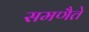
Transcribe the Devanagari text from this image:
समणैते